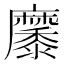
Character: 𪎭